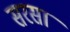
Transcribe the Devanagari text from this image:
सरसां